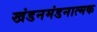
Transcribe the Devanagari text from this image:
खंडनमंडनात्मक